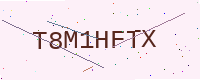
Text: T8M1HFTX